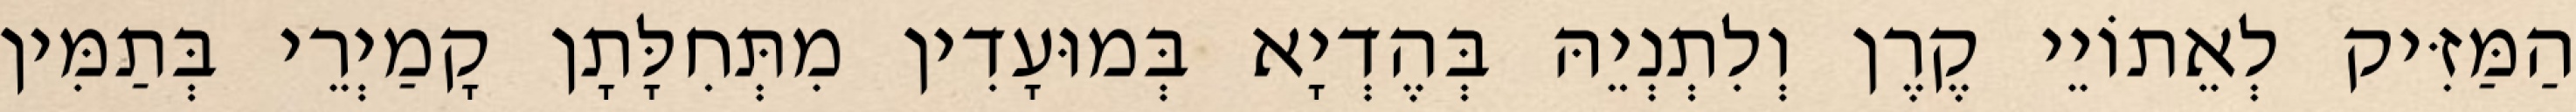
הַמַּזִּיק לְאֵתוֹיֵי קֶרֶן וְלִתְנְיֵהּ בְּהֶדְיָא בְּמוּעָדִין מִתְּחִלָּתָן קָמַיְרֵי בְּתַמִּין